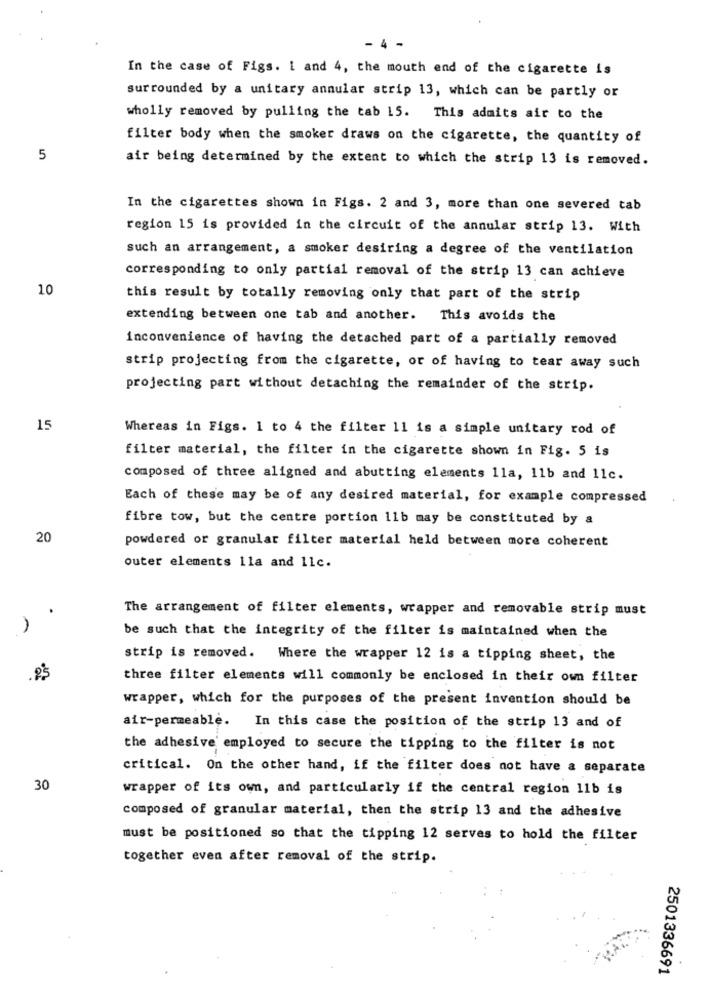
- 4 -
In the case of Figs. 1 and 4, the mouth end of the cigarette is
surrounded by a unitary annular strip 13, which can be partly or
wholly removed by pulling the tab 15. This admits air to the
filter body when the smoker draws on the cigarette, the quantity of
5
air being determined by the extent to which the strip 13 is removed.
In the cigarettes shown in Figs. 2 and 3, more than one severed tab
region 15 is provided in the circuit of the annular strip 13. With
such an arrangement, a smoker desiring a degree of the ventilation
corresponding to only partial removal of the strip 13 can achieve
10
this result by totally removing only that part of the strip
extending between one tab and another. This avoids the
inconvenience of having the detached part of a partially removed
strip projecting from the cigarette, or of having to tear away such
projecting part without detaching the remainder of the strip.
15
Whereas in Figs. 1 to 4 the filter 11 is a simple unitary rod of
filter material, the filter in the cigarette shown in Fig. 5 is
composed of three aligned and abutting elements lla, 11b and 11c.
Each of these may be of any desired material, for example compressed
fibre tow, but the centre portion 11b may be constituted by a
20
powdered or granular filter material held between more coherent
outer elements lla and 11c.
The arrangement of filter elements, wrapper and removable strip must
be such that the integrity of the filter is maintained when the
strip is removed. Where the wrapper 12 is a tipping sheet, the
.85
three filter elements will commonly be enclosed in their own filter
wrapper, which for the purposes of the present invention should be
air-permeable. In this case the position of the strip 13 and of
the adhesive employed to secure the tipping to the filter is not
critical. On the other hand, if the filter does not have a separate
30
wrapper of its own, and particularly if the central region 11b is
composed of granular material, then the strip 13 and the adhesive
must be positioned so that the tipping 12 serves to hold the filter
together even after removal of the strip.
2501336691